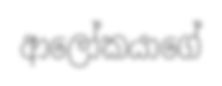
ආලෝකයාගේ